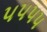
૫૫૫૫